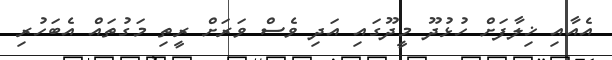
އެއާއި ޚިލާފަށް ހުޅުދޫ މީދޫގައި އަދި ވެސް ވަރަށް ރީތި މަގުތައް އެބަހުރި